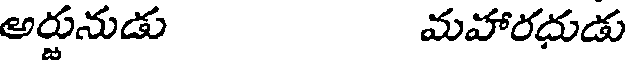
అర్జునుడు మహారధుడు